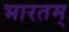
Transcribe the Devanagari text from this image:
भारतम्‌